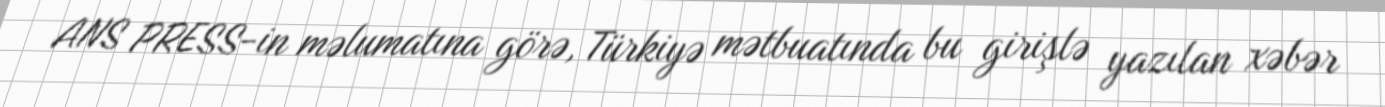
ANS PRESS-in məlumatına görə, Türkiyə mətbuatında bu girişlə yazılan xəbər